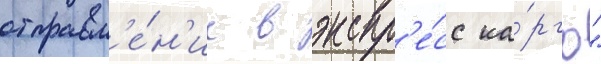
отправл'е́н'ие в экспр'е́сс ка́рго"